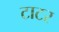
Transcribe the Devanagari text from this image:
टाटर